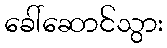
ခေါ်ဆောင်သွား